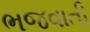
ભજવાતી